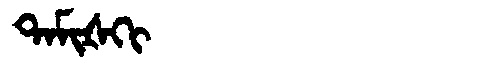
Manchu: ᡨᠠᠮᡳᡧᡴᡳ
Romanization: TAMIŠKI